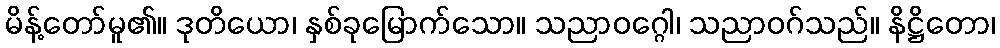
မိန့်တော်မူ၏။ ဒုတိယော၊ နှစ်ခုမြောက်သော။ သညာဝဂ္ဂေါ၊ သညာဝဂ်သည်။ နိဋ္ဌိတော၊